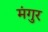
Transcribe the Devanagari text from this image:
मंगुर